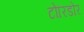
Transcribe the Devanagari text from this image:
टोरिडोर